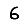
Digit: 6